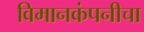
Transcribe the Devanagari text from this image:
विमानकंपनीचा